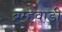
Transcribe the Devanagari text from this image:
ब्रम्हवाडी